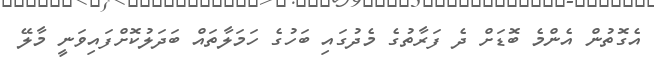
އެގޮތުން އެންމެ ބޮޑަށް ދެ ފަރާތުގެ މެދުގައި ބަހުގެ ހަމަލާތައް ބަދަލުކޮށްފައިވަނީ މާލޭ